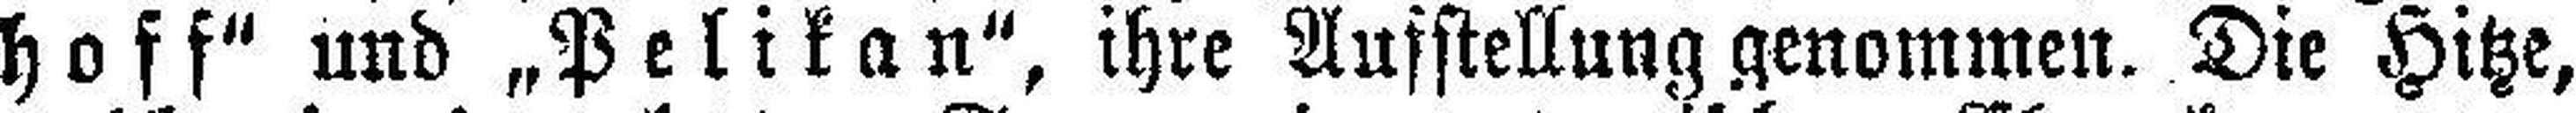
hoff“ und „Pelikan“, ihre Ausstellung genommen. Die Hitze,